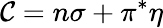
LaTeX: {\cal{C}}=n\sigma+\pi^{*}\eta